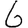
Digit: 6